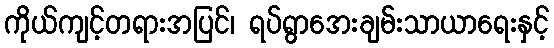
ကိုယ်ကျင့်တရားအပြင်၊ ရပ်ရွာအေးချမ်းသာယာရေးနှင့်